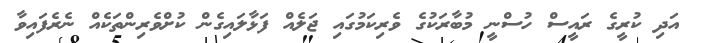
އަދި ކުރީގެ ރައީސް ހުސްނީ މުބާރަކުގެ ވެރިކަމުގައި ޖަލެއް ފަޅާލައިގެން ކުށްވެރިންތަކެއް ނެރެފައިވާ